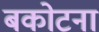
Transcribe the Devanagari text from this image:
बकोटना